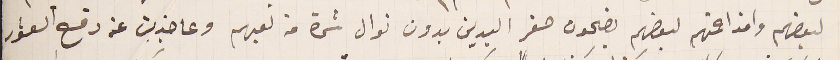
لبعضهم وامزاحمتهم لبعضهم يضحون صفر اليدين بدون نوال شئ من تعبهم وعاجزين عن دفع العشور